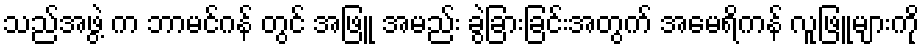
သည်အဖွဲ့ က ဘာမင်ဂန် တွင် အဖြူ အမည်း ခွဲခြားခြင်းအတွက် အမေရိကန် လူဖြူများကို